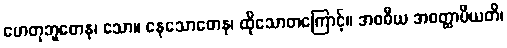
ဟေတုဘူတေန၊ သော။ နေသောတေန၊ ထိုသောတကြောင့်။ အဝဓီယ အဝတ္ထာပီယတိ၊